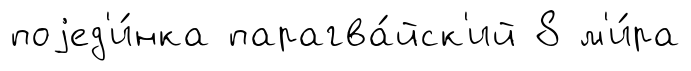
поjед'и́нка парагва́йск'ий 8 м'и́ра